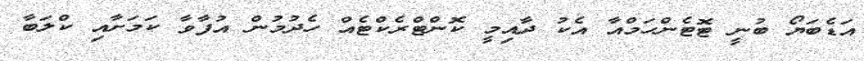
އަޑެބަޔޯ ބުނީ ޓޮޓެންހަމްއާ އެކު ދާއިމީ ކޮންޓްރެކްޓެއް ހެދުމުން އުފާވާ ކަމަށާއި ކްލަބާ